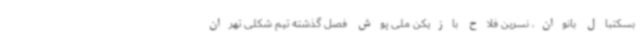
بسکتبال بانوان، نسرین فلاح بازیکن ملی پوش فصل گذشته تیم شکلی تهران